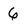
Character: 6